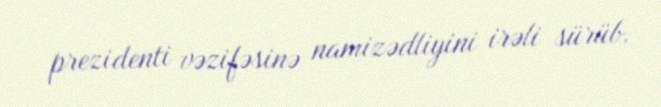
prezidenti vəzifəsinə namizədliyini irəli sürüb.